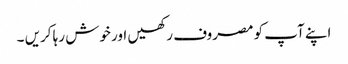
اپنے آپ کو مصروف رکھیں اور خوش رہا کریں ۔